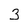
Character: 3